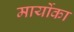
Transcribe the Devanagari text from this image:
मार्योका